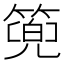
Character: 篼